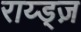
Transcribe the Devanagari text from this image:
राय्ड्ज़